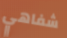
شفاهي